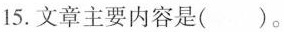
15. 文章主要内容是( )。